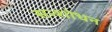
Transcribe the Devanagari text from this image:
सन्शोधन